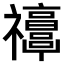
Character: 𥜭